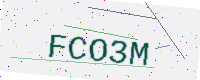
Text: FCO3M